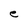
Character: e